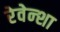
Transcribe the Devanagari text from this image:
रेवेन्शा